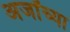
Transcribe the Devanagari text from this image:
अर्जांच्या